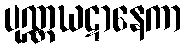
ပုဏ္ဏဃဋာနေကာ